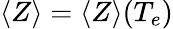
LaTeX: \langle Z\rangle=\langle Z\rangle(T_{e})